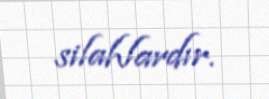
silahlardır.